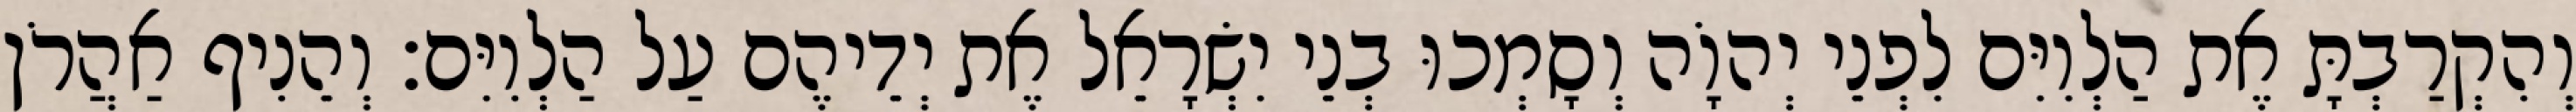
וְהִקְרַבְתָּ אֶת הַלְוִיִּם לִפְנֵי יְהוָֹה וְסָמְכוּ בְנֵי יִשְׂרָאֵל אֶת יְדֵיהֶם עַל הַלְוִיִּם׃ וְהֵנִיף אַהֲרֹן